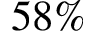
5 8 \%